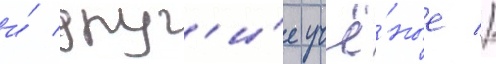
и́ друг'и́е учё́ные //